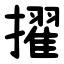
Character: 擢